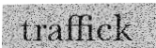
traffick